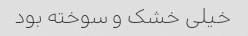
خیلی خشک و سوخته بود